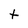
Character: t